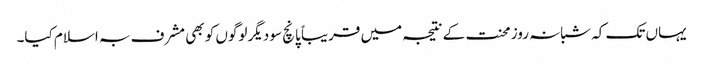
یہاں تک کہ شبانہ روز محنت کے نتیجہ میں قریباً پانچ سو دیگر لوگوں کو بھی مشرف بہ اسلام کیا۔